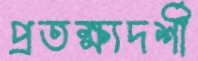
প্রতক্ষ্যদর্শী